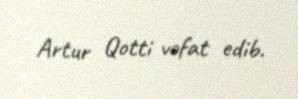
Artur Qotti vəfat edib.